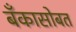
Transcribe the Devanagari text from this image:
बँकासोबत